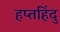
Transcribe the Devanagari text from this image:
हप्तहिंदु